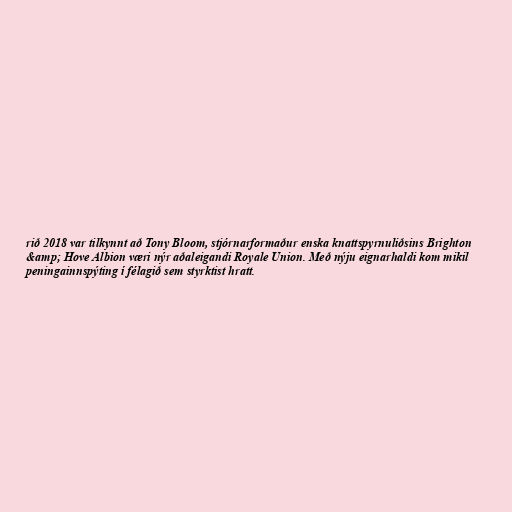
rið 2018 var tilkynnt að Tony Bloom, stjórnarformaður enska knattspyrnuliðsins Brighton
&amp; Hove Albion væri nýr aðaleigandi Royale Union. Með nýju eignarhaldi kom mikil
peningainnspýting í félagið sem styrktist hratt.